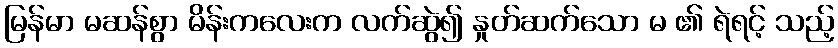
မြန်မာ မဆန်စွာ မိန်းကလေးက လက်ဆွဲ၍ နှုတ်ဆက်သော မ ၏ ရဲရင့် သည့်